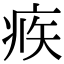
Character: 𤶅